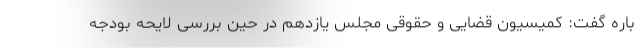
باره گفت: کمیسیون قضایی و حقوقی مجلس یازدهم در حین بررسی لایحه بودجه